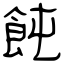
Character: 飩